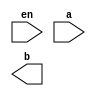
////////////////////////////////////////////////////////////////////////////////
//
//       This confidential and proprietary software may be used only
//     as authorized by a licensing agreement from Synopsys Inc.
//     In the event of publication, the following notice is applicable:
//
//                    (C) COPYRIGHT 2008 - 2018 SYNOPSYS INC.
//                           ALL RIGHTS RESERVED
//
//       The entire notice above must be reproduced on all authorized
//     copies.
//
//
// VERSION:   Verilog Simulation Model
//
// DesignWare_version: 5121dffe
// DesignWare_release: O-2018.06-DWBB_201806.3
//
////////////////////////////////////////////////////////////////////////////////
//-----------------------------------------------------------
//
// ABSTRACT: Simulation model of DW_decode_en 
//
// MODIFIED:
//
//-----------------------------------------------------------

module DW_decode_en (en, a, b);
parameter integer width=3;

// declaration of inputs and outputs
input  en;
input  [width-1:0] a;
output [(1 << width)-1:0] b;

// synopsys translate_off
  //-------------------------------------------------------------------------
  // Parameter legality check
  //-------------------------------------------------------------------------
  
 
  initial begin : parameter_check
    integer param_err_flg;

    param_err_flg = 0;
    
  
    if (width < 1) begin
      param_err_flg = 1;
      $display(
	"ERROR: %m :\n  Invalid value (%d) for parameter width (lower bound: 1)",
	width );
    end
  
    if ( param_err_flg == 1) begin
      $display(
        "%m :\n  Simulation aborted due to invalid parameter value(s)");
      $finish;
    end

  end // parameter_check 


assign b = ((^(a ^ a) !== 1'b0) || (^(en ^ en) !== 1'b0)) ? {(1 << width){1'bX}} :
	   (en == 1) ? (1 << a) : 0;     


// synopsys translate_on

endmodule